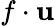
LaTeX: f\cdot\mathbf{u}